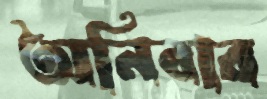
অনিবার